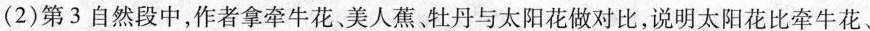
(2)第3自然段中，作者拿牵牛花，美人蕉，牡丹与太阳花做对比，说明太阳花比牵牛花、